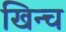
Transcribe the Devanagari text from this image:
खिन्च